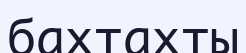
бахтахты